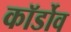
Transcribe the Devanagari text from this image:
कॉर्डोव